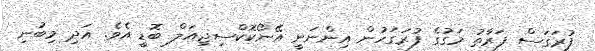
ފުރަގަސް ފަރާތު މަގުގެ ފުރަގަހުން އިންނަނީ އޭނޯކޮކްސިޖިއަލް ބޮޑީ އެވެ. އަދި މިބުނި